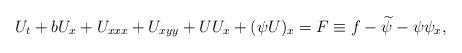
LaTeX: \begin{align*}U_t+bU_x+U_{xxx}+U_{xyy}+UU_x+(\psi U)_x=F\equiv f-\widetilde\psi- \psi\psi_x,\end{align*}